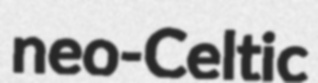
neo-Celtic